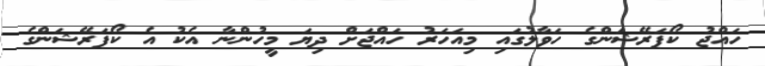
ހައްޖު ކޯޕަރޭޝަންގެ ހަވާލުގައި މިއަހަރު ހައްޖަށް ދިޔަ މީހުންނާ އެކު އެ ކޯޕަރޭޝަންގެ